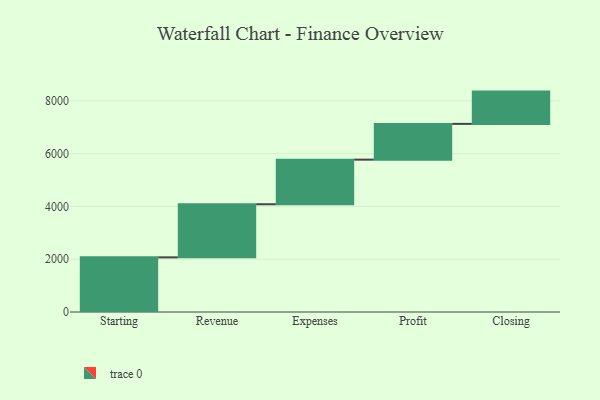
{"axis": {"x": "Step", "y": "Value"}, "legend": [""], "data": [{"x": "Starting", "y": 2070.0, "type": ""}, {"x": "Revenue", "y": 2013.0, "type": ""}, {"x": "Expenses", "y": 1690.0, "type": ""}, {"x": "Profit", "y": 1355.0, "type": ""}, {"x": "Closing", "y": 1223.0, "type": ""}]}